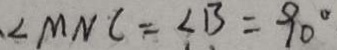
\angle M N C = \angle B = 9 0 ^ { \circ }